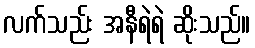
လက်သည်း အနီရဲရဲ ဆိုးသည်။